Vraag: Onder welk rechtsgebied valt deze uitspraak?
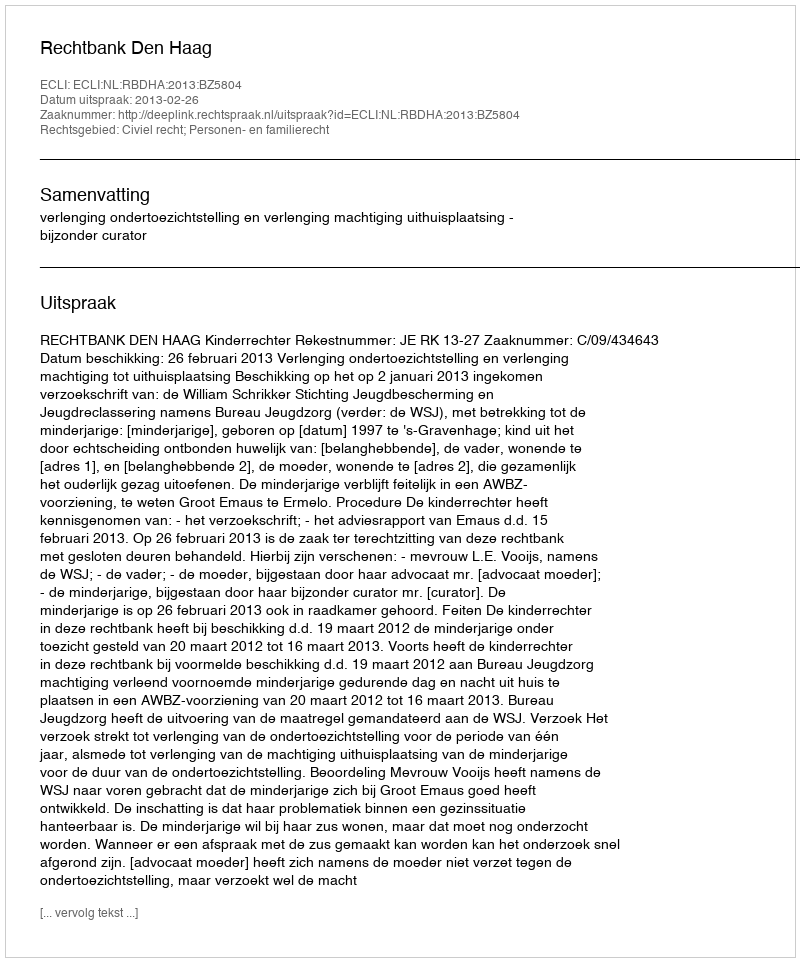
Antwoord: Civiel recht; Personen- en familierecht